Annual administration and progress report of the Indian Medical Department, Bombay
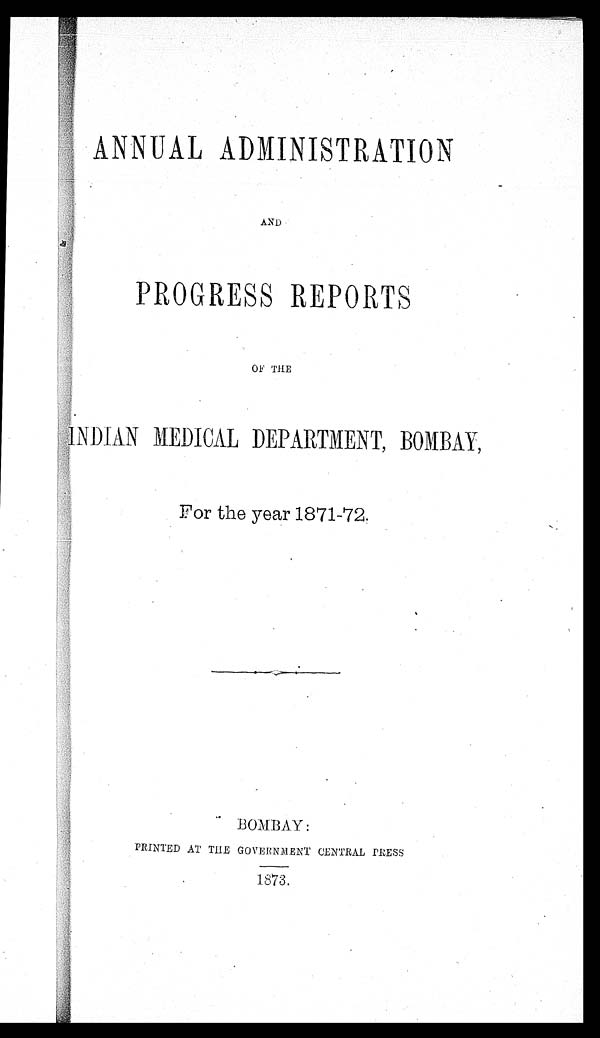
ANNUAL ADMINISTRATION
AND
PROGRESS REPORTS
OF THE
INDIAN MEDICAL DEPARTMENT, BOMBAY,
For the year 1871-72.
BOMBAY:
PRINTED AT THE GOVERNMENT CENTRAL PRESS
1873.